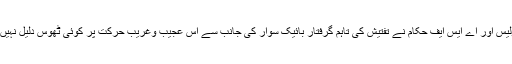
ائیرپورٹ ذرائع کا کہنا ہے کہ زیر حراست بائیک سوار سے ائیر پورٹ تھانہ پولیس اور اے ایس ایف حکام نے تفتیش کی تاہم گرفتار بائیک سوار کی جانب سے اس عجیب وغریب حرکت پر کوئی ٹھوس دلیل نہیں دی گئی،ابتدائی بیانات کے دوران بائیک سوار نے تیزی سے بیانات تبدیل کیے۔